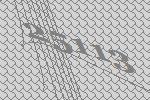
25113